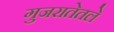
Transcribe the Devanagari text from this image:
गुजरातेतले